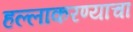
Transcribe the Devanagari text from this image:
हल्लाकरण्याचा